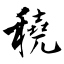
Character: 穘